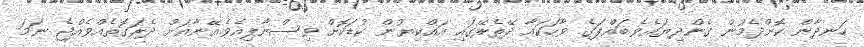
ހަނދާން ކޮށްދެމުން ގެންދިޔައެވެ.ބައްޕަގެ ވާހަކައާ ދޭތެރޭގައި އައްކިޔުން ކުޑަކޮށް ވިސްނާލިއެވެ.އޭނާއަށް ދެރަގޮތެއްވެއްޖެ ނަމަ